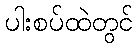
ပါးစပ်ထဲတွင်